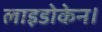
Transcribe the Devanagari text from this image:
लाइडोकेन।